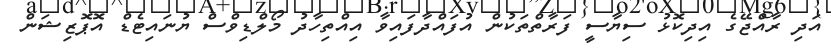
އަދި ރާއްޖޭގެ އިދިކޮޅު ސިޔާސީ ފަރާތްތަކުން އުފައްދާފައިވާ އިއްތިހާދު މޯލްޑިވްސް ޔުނައިޓެޑް އޮޕޮޒިޝަން